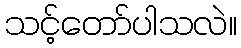
သင့်တော်ပါသလဲ။